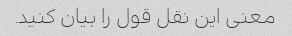
معنی این نقل قول را بیان کنید.